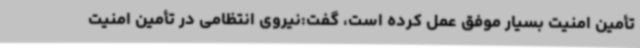
تأمین امنیت بسیار موفق عمل کرده است، گفت:نیروی انتظامی در تأمین امنیت